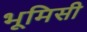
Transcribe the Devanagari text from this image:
भूमिसी